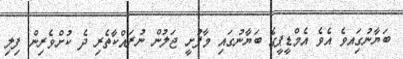
ބަޔާނުގަިއވެ އެވެ އެމްޑީޕީގެ ބަޔާނުގައި މާފުށީ ޖަލުން ނުރައްކާތެރި ދެ ކުށްވެރިން ފިލި